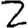
Digit: 2